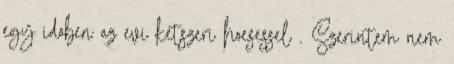
egy idoben az evi ketszeri hoesessel . Szerintem nem